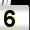
Digit: 5